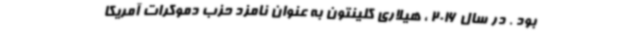
بود . در سال 2016 ، هیلاری کلینتون به عنوان نامزد حزب دموکرات آمریکا